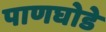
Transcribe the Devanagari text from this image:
पाणघोडे